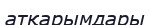
атқарымдары